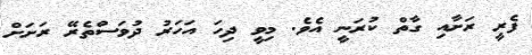
ފެރީ ރަށާއި ގާތް ކުރަނީ އެވެ. މިވީ ދިހަ އަހަރު ދުވަސްތެރޭ ރަށަށް